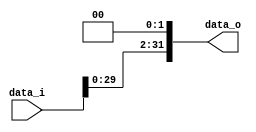
`timescale 1ns / 1ps
//Subject:      CO project 2 - Shift_Left_Two_32
//--------------------------------------------------------------------------------
//Version:     1
//--------------------------------------------------------------------------------
//Writer:      109550104
//----------------------------------------------
//Description: 
//--------------------------------------------------------------------------------

module Shift_Left_Two_32(
    data_i,
    data_o
    );

//I/O ports                    
input [32-1:0] data_i;
output [32-1:0] data_o;

//shift left 2
     
assign data_o[31:2] = data_i[29:0];
assign data_o[1:0] = 0;

endmodule